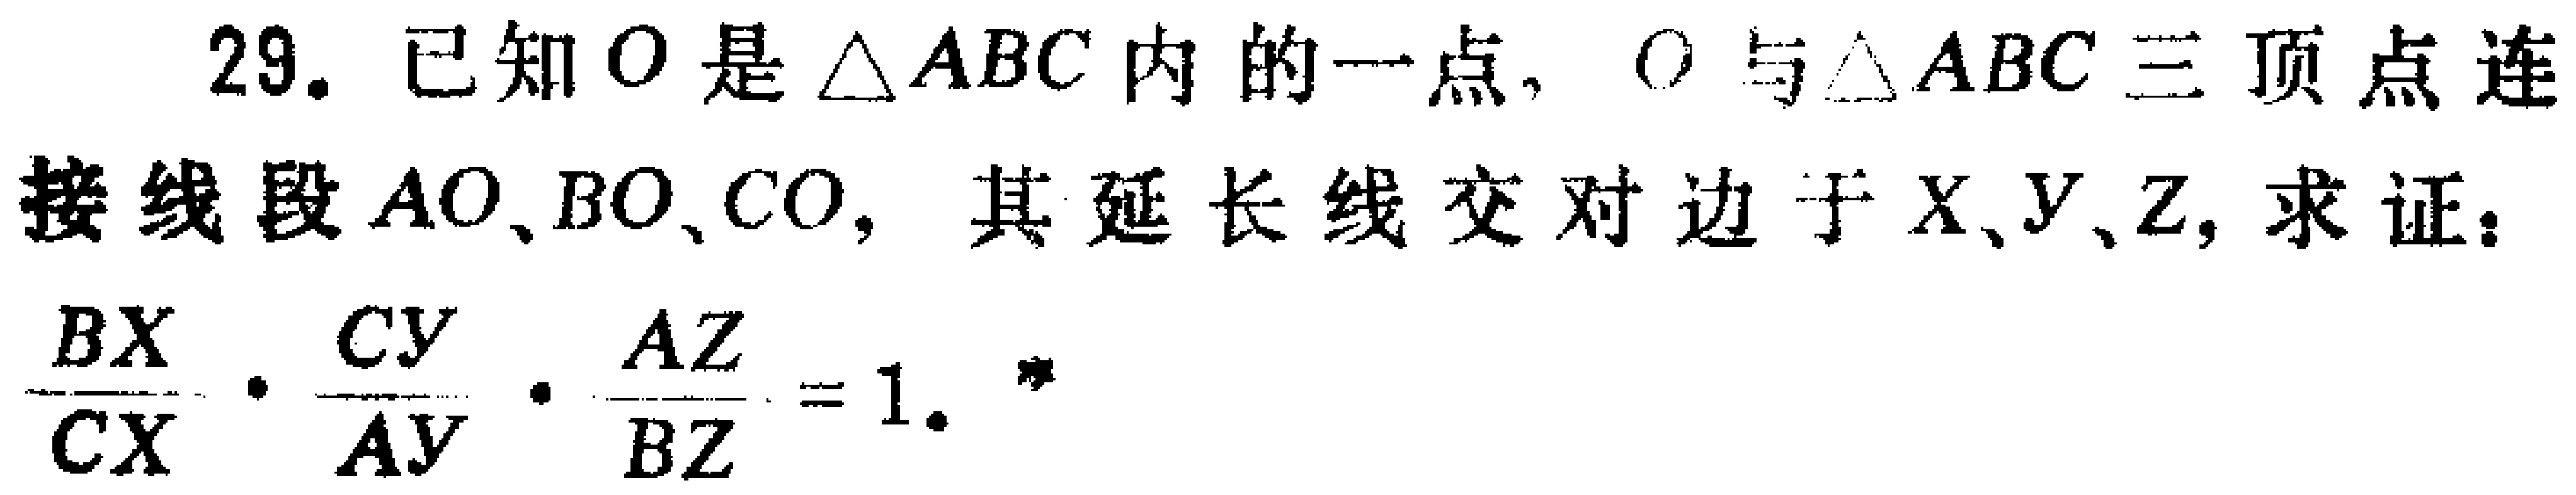
已知\(O\)是\(\triangle ABC\)内的一点，\(O\)与\(\triangle ABC\)三顶点连接线段\(AO\)、\(BO\)、\(CO\)，其延长线交对边于\(X\)、\(Y\)、\(Z\)，求证：

\(\frac{BX}{CX}\cdot\frac{CY}{AY}\cdot\frac{AZ}{BZ}=1\)。